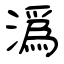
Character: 潙